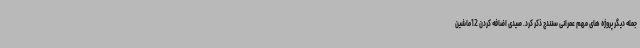
جمله دیگر پروژه های مهم عمرانی سنندج ذکر کرد. صیدی اضافه کردن 12ماشین